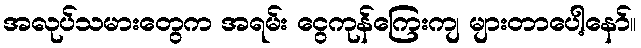
အလုပ်သမားတွေက အရမ်း ငွေကုန်ကြေးကျ များတာပေါ့နော်။